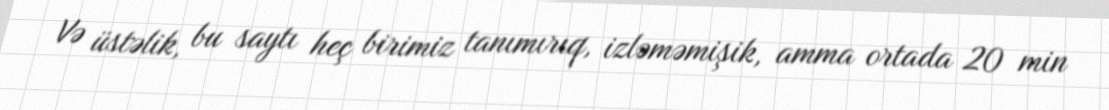
Və üstəlik, bu saytı heç birimiz tanımırıq, izləməmişik, amma ortada 20 min